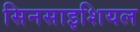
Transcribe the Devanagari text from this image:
सिनसाइशियल